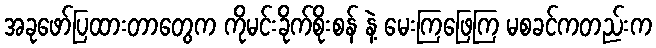
အခုဖော်ပြထားတာတွေက ကိုမင်းခိုက်စိုးစန် နဲ့ မေးကြဖြေကြ မစခင်ကတည်းက